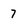
Character: 7